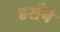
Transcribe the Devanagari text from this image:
हसँने